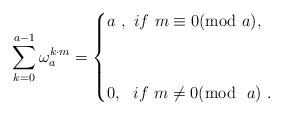
LaTeX: \begin{align*}\sum_{k=0}^{a-1}\omega_a^{k\cdot m}=\begin{cases}a\ ,\ if \ m\equiv 0(\hbox {mod}\ a) , \cr \\ \cr 0 ,\ \ if \ m\neq 0(\hbox {mod}\ \ a)\ . \cr \end{cases}\end{align*}